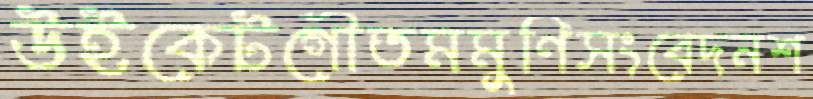
উইকেটগৌতমমুণিসংবেদনশ